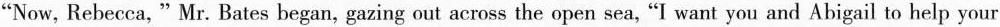
"Now, Rebecca,"Mr.Bates began,gazing out across the open sea, "I want you and Abigail to help your